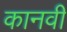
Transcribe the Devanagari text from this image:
कानवी